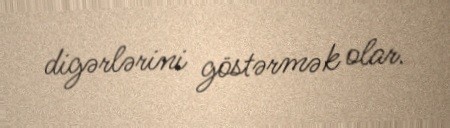
digərlərini göstərmək olar.